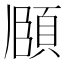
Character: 𮨈